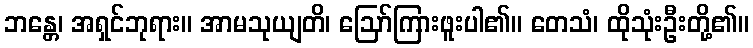
ဘန္တေ၊ အရှင်ဘုရား။ အာမသုယျတိ၊ ဩော်ကြားဖူးပါ၏။ တေသံ၊ ထိုသုံးဦးတို့၏။